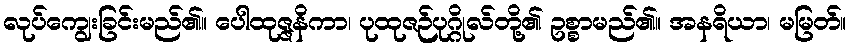
လုပ်ကျွေးခြင်းမည်၏။ ပေါထုဇ္ဇနိကာ၊ ပုထုဇဉ်ပုဂ္ဂိုလ်တို့၏ ဥစ္စာမည်၏။ အနရိယာ၊ မမြတ်။